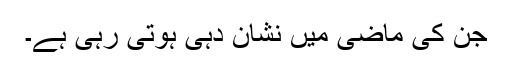
جن کی ماضی میں نشان دہی ہوتی رہی ہے۔